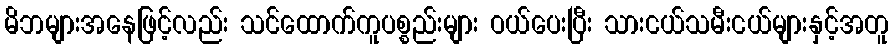
မိဘများအနေဖြင့်လည်း သင်ထောက်ကူပစ္စည်းများ ဝယ်ပေးပြီး သားငယ်သမီးငယ်များနှင့်အတူ